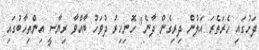
ދަށުގައި ހެރަތެރަ އަލުން ދިރިގެން ދާނެ" ހޮނިހިރު ދުވަހު ބާއްވާ ރިޔާސީ އިންތިހާބުގައި